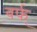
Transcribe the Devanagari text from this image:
बर्फ्